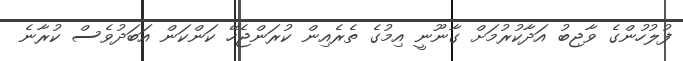
ފުލުހުންގެ ވާޖިބު އަދާކުރުމަށް ގާނޫނީ އިމުގެ ތެރެއިން ކުރަންޖެހޭ ކަންކަން އަބަދުވެސް ކުރާނެ